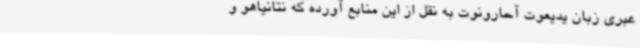
عبری زبان یدیعوت آحارونوت به نقل از این منابع آورده که نتانیاهو و